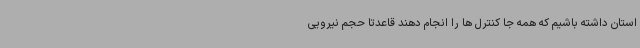
استان داشته باشیم که همه جا کنترل ها را انجام دهند قاعدتا حجم نیرویی